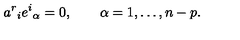
a ^ { r } { } _ { i } e ^ { i } { } _ { \alpha } = 0 , \qquad \alpha = 1 , \ldots , n - p .